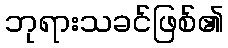
ဘုရားသခင်ဖြစ်၏